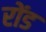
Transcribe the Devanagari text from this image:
रोंड